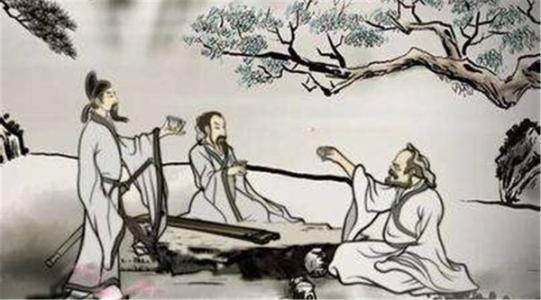
昨夜狂风度，吹折江头树。